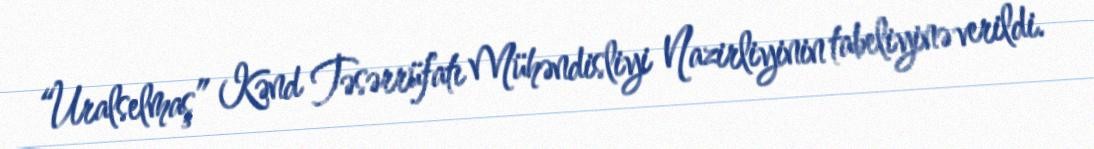
“Uralselmaş” Kənd Təsərrüfatı Mühəndisliyi Nazirliyinin tabeliyinə verildi.